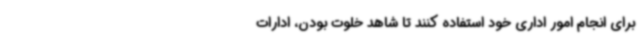
برای انجام امور اداری خود استفاده کنند تا شاهد خلوت بودن، ادارات